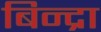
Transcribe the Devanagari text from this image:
बिन्द्रा